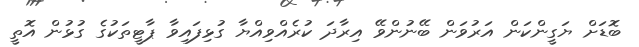
ބޮޑަށް ޔަގީންކަން އަރުވަން ބޭނުންވޭ އިރާދަ ކުރެއްވިއްޔާ ގުޅިފައިވާ ޕާޓީތަކުގެ ގުޅުން އޮތީ